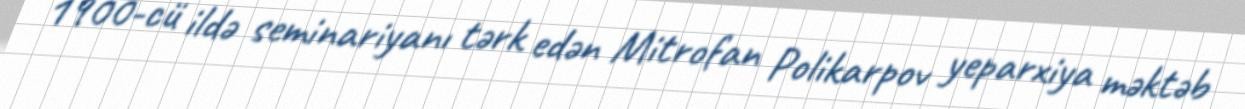
1900-cü ildə seminariyanı tərk edən Mitrofan Polikarpov yeparxiya məktəb